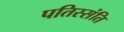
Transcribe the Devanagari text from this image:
पतिस्संति